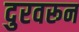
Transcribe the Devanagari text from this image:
दुरवरून